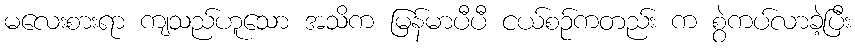
မလေးစားရာ ကျသည်ဟူသော အသိက မြန်မာပီပီ ငယ်စဉ်ကတည်း က စွဲကပ်လာခဲ့ပြီး